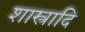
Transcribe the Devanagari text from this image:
शास्त्रादि